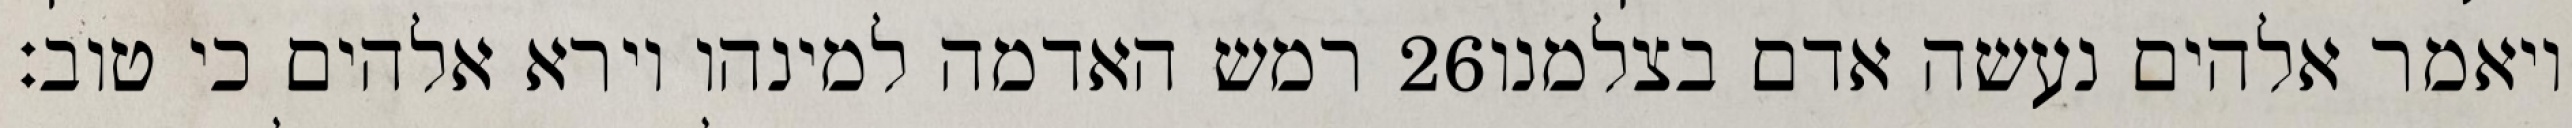
רמש האדמה למינהו וירא אלהים כי טוב׃ ‎26‏ ויאמר אלהים נעשה אדם בצלמנו